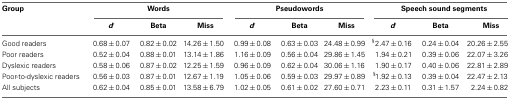
<table><thead><tr><td><b>Group</b></td><td colspan="3"><b>Words</b></td><td colspan="3"><b>Pseudowords</b></td><td colspan="3"><b>Speech sound segments</b></td></tr><tr><td></td><td><b><i>d&#x27;</i></b></td><td><b>Beta</b></td><td><b>Miss</b></td><td><b><i>d&#x27;</i></b></td><td><b>Beta</b></td><td><b>Miss</b></td><td><b><i>d&#x27;</i></b></td><td><b>Beta</b></td><td><b>Miss</b></td></tr></thead><tbody><tr><td>Good readers</td><td>0.68 ± 0.07</td><td>0.82 ± 0.02</td><td>14.26 ± 1.50</td><td>0.99 ± 0.08</td><td>0.63 ± 0.03</td><td>24.48 ± 0.99</td><td><sup>§</sup>2.47 ± 0.16</td><td>0.24 ± 0.04</td><td>20.26 ± 2.55</td></tr><tr><td>Poor readers</td><td>0.52 ± 0.04</td><td>0.88 ± 0.01</td><td>13.14 ± 1.86</td><td>1.16 ± 0.09</td><td>0.56 ± 0.04</td><td>29.86 ± 1.45</td><td>1.94 ± 0.21</td><td>0.39 ± 0.06</td><td>22.07 ± 3.26</td></tr><tr><td>Dyslexic readers</td><td>0.58 ± 0.06</td><td>0.87 ± 0.02</td><td>12.25 ± 1.59</td><td>0.96 ± 0.09</td><td>0.62 ± 0.04</td><td>30.06 ± 1.16</td><td>1.90 ± 0.17</td><td>0.40 ± 0.06</td><td>22.81 ± 2.89</td></tr><tr><td>Poor-to-dyslexic readers</td><td>0.56 ± 0.03</td><td>0.87 ± 0.01</td><td>12.67 ± 1.19</td><td>1.05 ± 0.06</td><td>0.59 ± 0.03</td><td>29.97 ± 0.89</td><td><sup>§</sup>1.92 ± 0.13</td><td>0.39 ± 0.04</td><td>22.47 ± 2.13</td></tr><tr><td>All subjects</td><td>0.62 ± 0.04</td><td>0.85 ± 0.01</td><td>13.58 ± 6.79</td><td>1.02 ± 0.05</td><td>0.61 ± 0.02</td><td>27.60 ± 0.71</td><td>2.23 ± 0.11</td><td>0.31 ± 1.57</td><td>2.24 ± 0.82</td></tr></tbody></table>